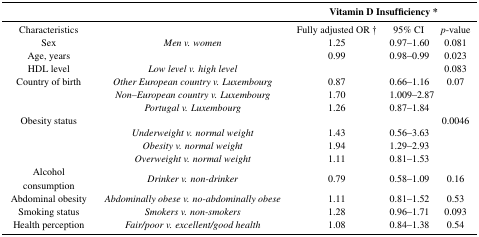
|  |  | <COLSPAN=3> Vitamin D Insufficiency * |
 | --- | --- | --- | --- | --- |
 | Characteristics |  | Fully adjusted OR † | 95% CI | p-value |
 | Sex | Men v. women | 1.25 | 0.97–1.60 | 0.081 |
 | Age, years |  | 0.99 | 0.98–0.99 | 0.023 |
 | HDL level | Low level v. high level |  |  | 0.083 |
 | Country of birth | Other European country v. Luxembourg | 0.87 | 0.66–1.16 | 0.07 |
 |  | Non–European country v. Luxembourg | 1.70 | 1.009–2.87 |  |
 |  | Portugal v. Luxembourg | 1.26 | 0.87–1.84 |  |
 | Obesity status |  |  |  | 0.0046 |
 |  | Underweight v. normal weight | 1.43 | 0.56–3.63 |  |
 |  | Obesity v. normal weight | 1.94 | 1.29–2.93 |  |
 |  | Overweight v. normal weight | 1.11 | 0.81–1.53 |  |
 | Alcohol consumption | Drinker v. non-drinker | 0.79 | 0.58–1.09 | 0.16 |
 | Abdominal obesity | Abdominally obese v. no-abdominally obese | 1.11 | 0.81–1.52 | 0.53 |
 | Smoking status | Smokers v. non-smokers | 1.28 | 0.96–1.71 | 0.093 |
 | Health perception | Fair/poor v. excellent/good health | 1.08 | 0.84–1.38 | 0.54 |